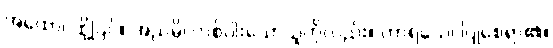
အထော၊ ထို့ပြင်။ အညမ္ပိ၊ တစ်ပါးသောသူကိုလည်း။ ကာရယေ၊ ပြုစေရာ၏။